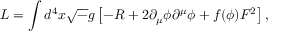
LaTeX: { \cal L } = \int d ^ { 4 } x { \sqrt - g } \left[ - R + 2 \partial _ { \mu } \phi \partial ^ { \mu } \phi + f ( \phi ) F ^ { 2 } \right] ,